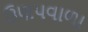
ઉણપવાળા